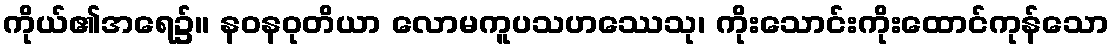
ကိုယ်၏အရေ၌။ နဝနဝုတိယာ လောမကူပသဟဿေသု၊ ကိုးသောင်းကိုးထောင်ကုန်သော